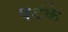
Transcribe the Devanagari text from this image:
पदंके